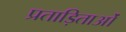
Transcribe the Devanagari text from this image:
प्रताड़िताओं